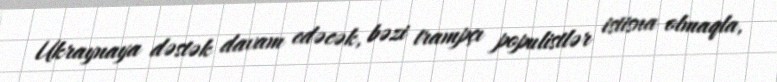
Ukraynaya dəstək davam edəcək, bəzi trampçı populistlər istisna olmaqla,